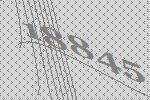
18845